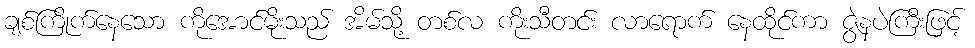
ချစ်ကြိုက်နေသော ကိုအောင်မိုးသည် အိမ်သို့ တစ်လ ကိုးသီတင်း လာရောက် နေထိုင်ကာ ဇွဲနပဲကြီးဖြင့်